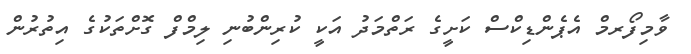
ވާމިފޯރމް އެޕެންޑިކްސް ކަށީގެ ރަތްމަދު އަކީ ކުރިންބުނި ލިމްފް ގޮށްތަކުގެ އިތުރުން